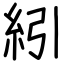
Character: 紖